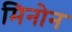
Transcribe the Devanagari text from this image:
मिनोन